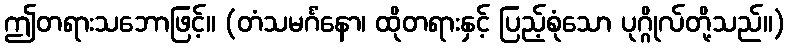
ဤတရားသဘောဖြင့်။ (တံသမင်္ဂံနော၊ ထိုတရားနှင့် ပြည့်စုံသော ပုဂ္ဂိုလ်တို့သည်။)